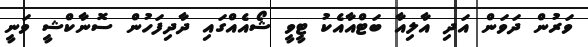
ވަރުން ދަވަން އަދި އާލިއާ ބަޓްއާއެކު ޓީވީ ޝޯއެއްގައި ދާދިފަހުން ސޮނާކްޝީ ވަނީ